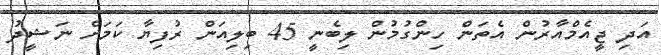
އަދި ޖީއެމްއާރުން އެތަން ހިންގުމުން ލިބެނީ 45 ބިލިއަން ރުފިޔާ ކަމަށް ނަޝީދު